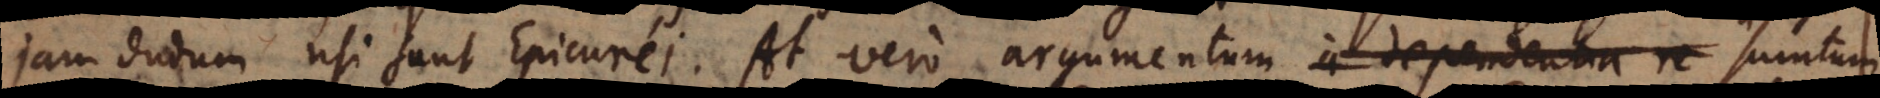
jam dudum usi sunt Epicurei. At vero argumentum a dependentia re sumtum